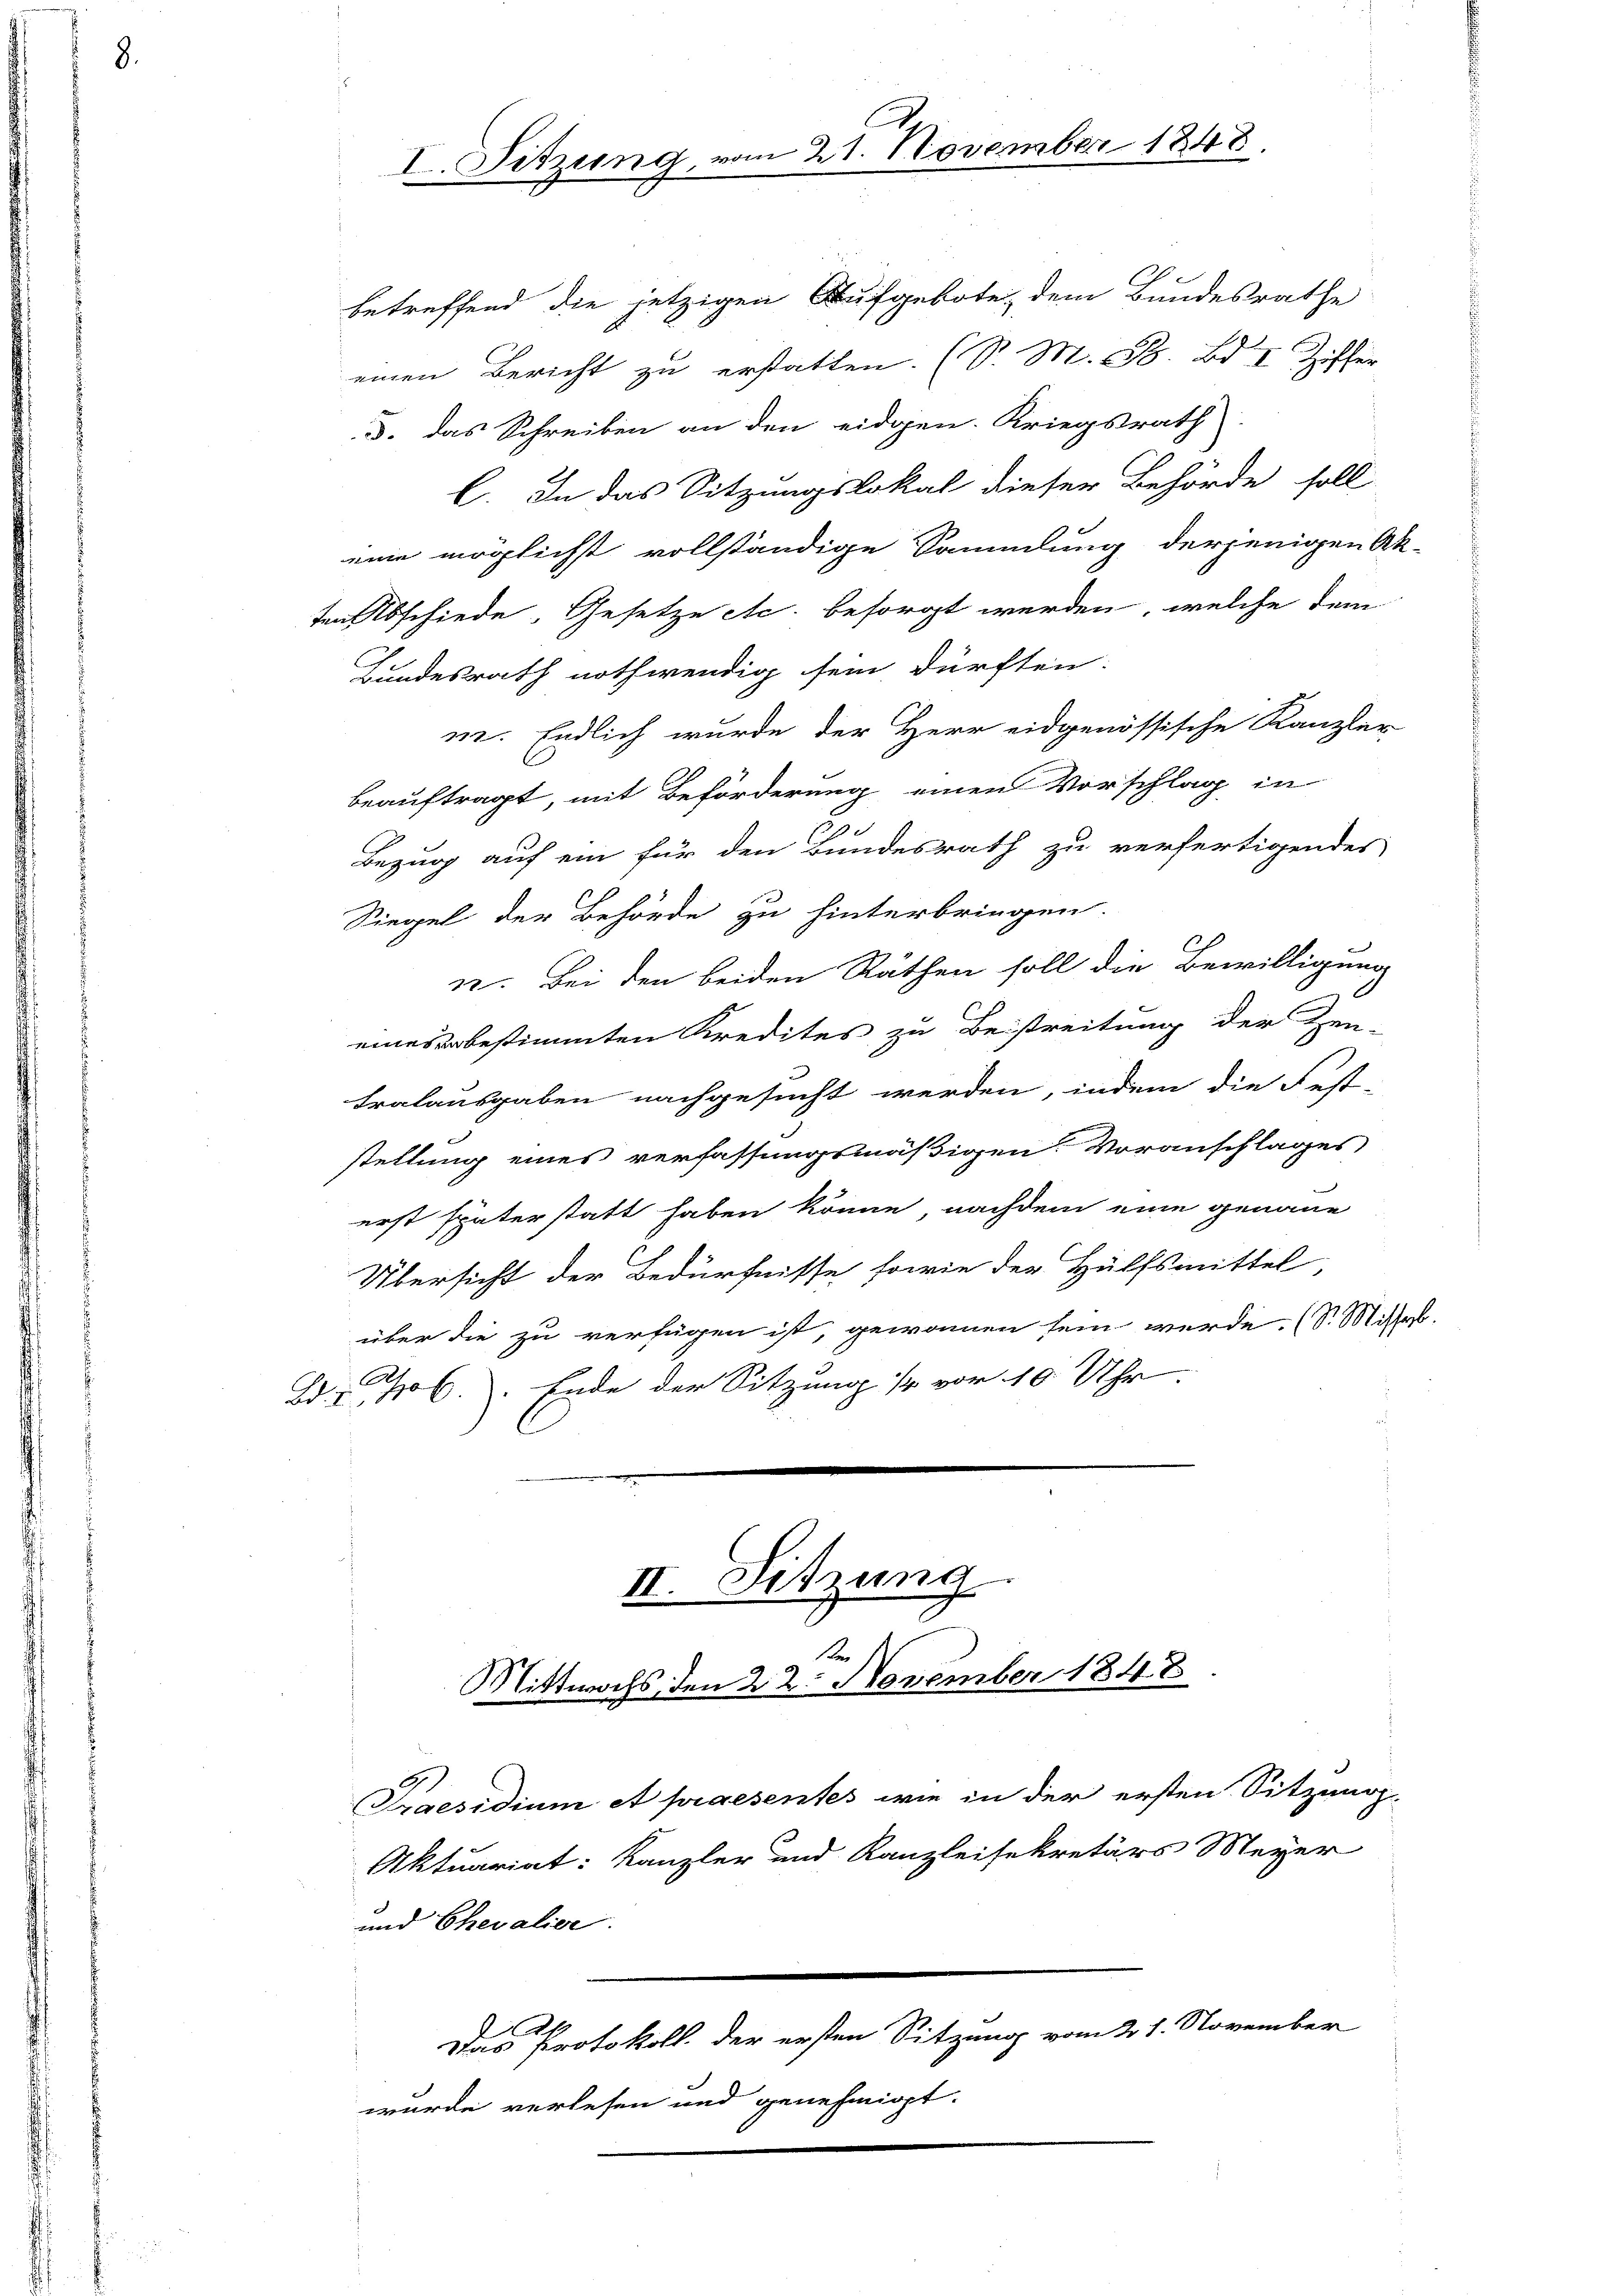
3. das Schreiben an den eidgen. Kriegsrath
l. In das Sitzungslokal dieser Behörde soll
eine möglichst vollständige Sammlung derjenigen Ak-
ten Abschiede, Gesetze etc. besorgt werden, welche dem
Bundesrath nothwendig sein dürften.
m. Endlich wurde der Herr eidgenössische Kanzler
beauftragt, mit Beförderung einen Vorschlag in
Bezug auf ein für den Bundesrath zu verfertigendes
Siegel der Behörde zu hinterbringen.
u. Bei den beiden Räthen soll die Bewilligung
eines unbestimmten Kredites zu Beistreitung der Zen-
tralausgaben nachgesucht werden, indem die Fest
stellung eines verfassungsmäßigen Voranschlages
erst späterstatt haben könne, nachdem eine genaue
Übersicht der Bedürfnisse sowie der Hülfsmittel,
über die zu verfügen ist, gewonnen sein werde. (S. Missab.
B. Thl. Ende der Sitzung so vor 10 Uhr

I. Sitzung, vom 21. November 1848.

betreffend die jetzigen Aufgebote, dem Bundesrathe
einen Bericht zu erstatten. (S. M. B. Bd. I Ziffer

II. Sitzung
1.
Mittwochs den 22. November 1848.

Praesidium et praesentes wie in der ersten Sitzung
Aktuariat: Kanzler und Kanzleisekretärs Meyer
und Chevalier.
2
Das Protokoll. der ersten Sitzung vom 21. November
wurde verlesen und genehmigt.